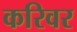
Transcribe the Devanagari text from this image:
करिवर